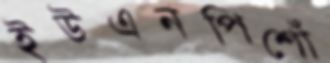
ইউএনপিশোঁ